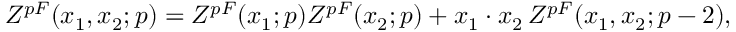
{ \cal Z } ^ { p F } ( x _ { 1 } , x _ { 2 } ; p ) = { \cal Z } ^ { p F } ( x _ { 1 } ; p ) { \cal Z } ^ { p F } ( x _ { 2 } ; p ) + x _ { 1 } \cdot x _ { 2 } \, { \cal Z } ^ { p F } ( x _ { 1 } , x _ { 2 } ; p - 2 ) ,